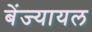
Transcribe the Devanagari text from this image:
बेंज्यायल